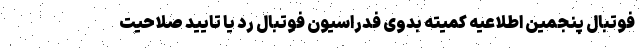
فوتبال پنجمین اطلاعیه کمیته بدوی فدراسیون فوتبال رد یا تایید صلاحیت